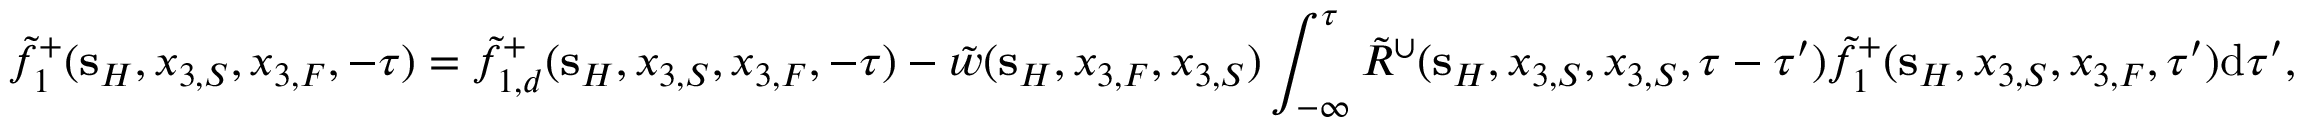
\tilde { f } _ { 1 } ^ { + } ( { \bf s } _ { H } , x _ { 3 , S } , x _ { 3 , F } , - \tau ) = \tilde { f } _ { 1 , d } ^ { + } ( { \bf s } _ { H } , x _ { 3 , S } , x _ { 3 , F } , - \tau ) - \tilde { w } ( { \bf s } _ { H } , x _ { 3 , F } , x _ { 3 , S } ) \int _ { - \infty } ^ { \tau } \tilde { R } ^ { \cup } ( { \bf s } _ { H } , x _ { 3 , S } , x _ { 3 , S } , \tau - \tau ^ { \prime } ) \tilde { f } _ { 1 } ^ { + } ( { \bf s } _ { H } , x _ { 3 , S } , x _ { 3 , F } , \tau ^ { \prime } ) \mathrm { d } \tau ^ { \prime } ,